system: You are a helpful assistant.
user:
Analyze the provided spectrum to determine if it is a **Carbon Star (C-type)**.

- **Key Visual Indicators of Carbon Star:**
    - **(Primary):** Strong molecular absorption from **C₂ (diatomic carbon) "Swan Bands."** This is the **defining feature** of a carbon star.
        - **(Key Bandheads):** Sharp absorption edges are visible at approximately $5635$ Å, $5165$ Å (the strongest band), and $4737$ Å.
        - **(Line Profile):** Creates a distinct **"saw-tooth"** pattern. The key morphology is a sharp, steep bandhead on the **red (long-wavelength) side**, which then gradually tapers off (i.e., flux recovers) towards the **blue (short-wavelength) side**. *(This is the direct opposite of the TiO bands seen in M-type stars)*.

    - **(Secondary):** Intense **CN (cyanogen)** molecular absorption bands.
        - **(Key Bandheads):** Located in the blue and violet regions of the spectrum (e.g., near $4215$ Å and $3883$ Å).
        - **(Morphology):** These bands are extremely broad and act as a "blanket," absorbing the vast majority of blue and violet light. This creates a characteristic **"cliff"** or **"steep drop-off"** in the spectrum's flux at short wavelengths.

    - **(Key Confirmation):** Strong **CH absorption band (G-band)**.
        - **(Key Bandhead):** Located around $4300$ Å. The contribution from CH molecules to this band is exceptionally strong.

    - **(Overall Spectrum):**
        - The continuum is severely "chopped up" by these deep molecular bands, especially C₂, rather than appearing as a smooth curve.
        - Due to the heavy CN and C₂ absorption in the blue-green, the vast majority of the star's flux is concentrated in the red part of the spectrum, giving the star its characteristic deep red color.

Think first, call **spectral_visualization_tool** if needed to examine features in detail, then provide your final answer. Your response must adhere to the following strict rules:
1.  **Overall Structure:** Your response must follow the format `<think>...</think> <tool_call>...</tool_call> (if a tool is used) <answer>...</answer>`.
2.  **Tool Usage Constraint:** You may only make **one** tool call per turn.
3.  **Final Answer Format:** In the `<answer>` tag, your conclusion must be inside a `\boxed{}` command (e.g., `\boxed{YES}`), followed by your justification.

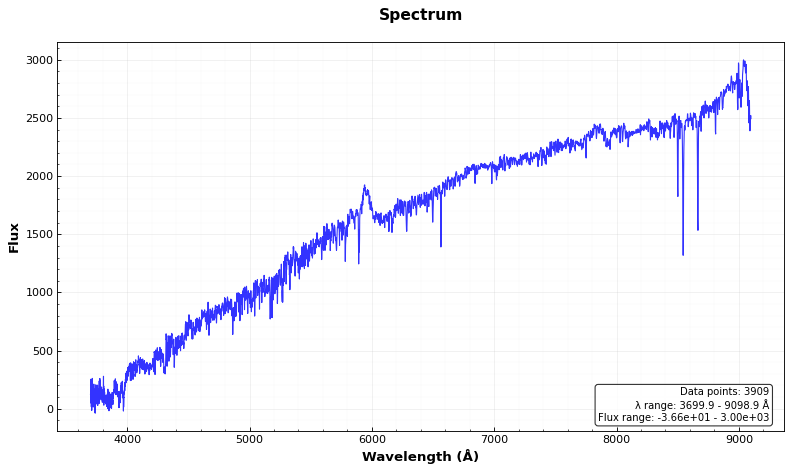
Answer: NO